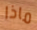
ماذا